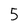
Character: 5